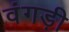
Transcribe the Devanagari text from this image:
वंगड़ी